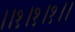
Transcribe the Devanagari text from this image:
।।१।१।१।।